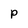
Character: P